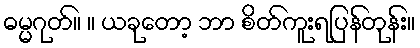
ဓမ္မဂုတ်။ ။ ယခုတော့ ဘာ စိတ်ကူးရပြန်တုန်း။